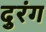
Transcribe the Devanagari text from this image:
दुरंग